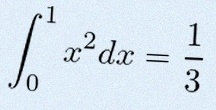
\int_0^1 x^2dx=\frac13